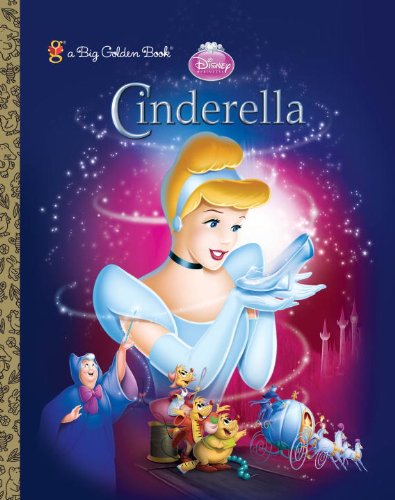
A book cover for Cinderella (Diamond) Big Golden Book (Disney Princess); RH Disney; Children's Books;